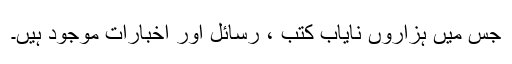
جس میں ہزاروں نایاب کتب ، رسائل اور اخبارات موجود ہیں۔